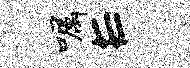
嘱E